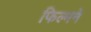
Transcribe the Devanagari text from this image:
फिल्मने